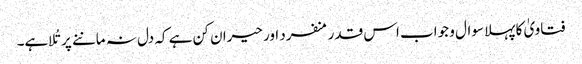
فتاویٰ کا پہلا سوال و جواب اس قدر منفرد اور حیران کن ہے کہ دل نہ ماننے پر تُلا ہے۔